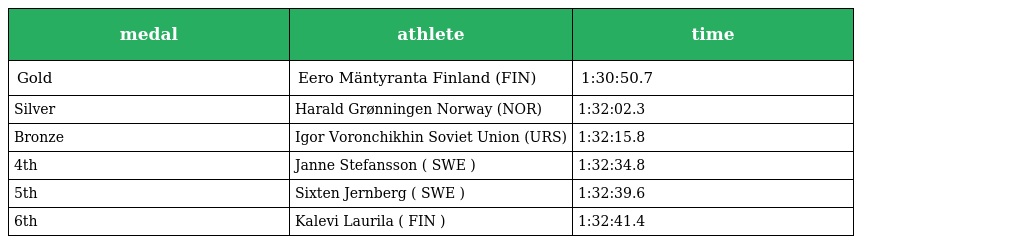
| medal | athlete | time |
 | --- | --- | --- |
 | Gold | Eero Mäntyranta Finland (FIN) | 1:30:50.7 |
 | Silver | Harald Grønningen Norway (NOR) | 1:32:02.3 |
 | Bronze | Igor Voronchikhin Soviet Union (URS) | 1:32:15.8 |
 | 4th | Janne Stefansson ( SWE ) | 1:32:34.8 |
 | 5th | Sixten Jernberg ( SWE ) | 1:32:39.6 |
 | 6th | Kalevi Laurila ( FIN ) | 1:32:41.4 |